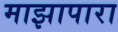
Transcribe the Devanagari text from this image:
माझापारा